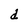
Character: d